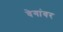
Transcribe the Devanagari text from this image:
वेगांवर